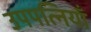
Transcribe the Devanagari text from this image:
उपपत्नियाँ